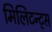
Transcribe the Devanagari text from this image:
मिलिटन्ट्स